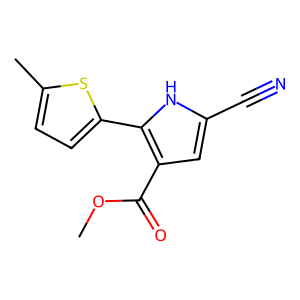
SMILES: COC(=O)c1cc(C#N)[nH]c1-c1ccc(C)s1
Inhibits HIV replication: No